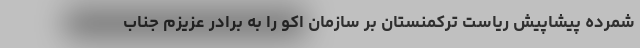
شمرده پیشاپیش ریاست ترکمنستان بر سازمان اکو را به برادر عزیزم جناب